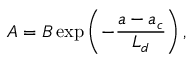
A = B \exp \left( - \frac { a - a _ { c } } { L _ { d } } \right) ,